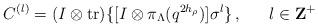
LaTeX: \begin{align*}C^{(l)}=(I\otimes{\rm tr})\{[I\otimes\pi_\Lambda(q^{2h_\rho})]\sigma^l\}\,,~~~~~l\in {\bf Z}^+\end{align*}